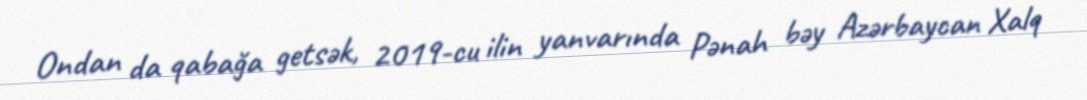
Ondan da qabağa getsək, 2019-cu ilin yanvarında Pənah bəy Azərbaycan Xalq